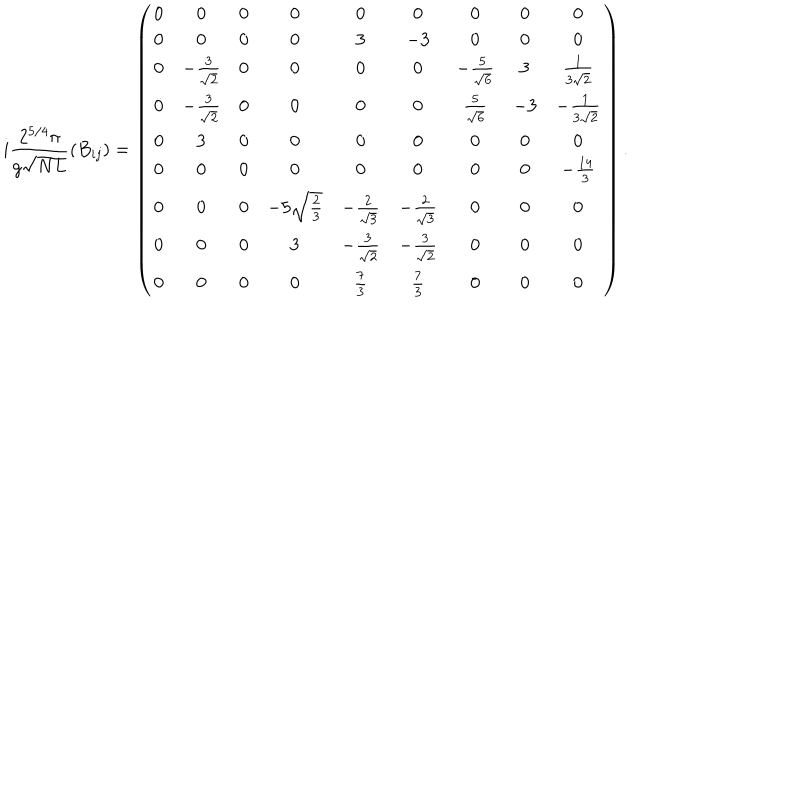
LaTeX: i \frac { 2 ^ { 5 / 4 } \pi } { g \sqrt { N L } } \left( B _ { i j } \right) = \left( \begin{array} { c c c c c c c c c } { { 0 } } & { { 0 } } & { { 0 } } & { { 0 } } & { { 0 } } & { { 0 } } & { { 0 } } & { { 0 } } & { { 0 } } \\ { { 0 } } & { { 0 } } & { { 0 } } & { { 0 } } & { { 3 } } & { { - 3 } } & { { 0 } } & { { 0 } } & { { 0 } } \\ { { 0 } } & { { - { \frac { 3 } { \sqrt { 2 } } } } } & { { 0 } } & { { 0 } } & { { 0 } } & { { 0 } } & { { - { \frac { 5 } { \sqrt { 6 } } } } } & { { 3 } } & { { { \frac { 1 } { 3 \sqrt { 2 } } } } } \\ { { 0 } } & { { - { \frac { 3 } { \sqrt { 2 } } } } } & { { 0 } } & { { 0 } } & { { 0 } } & { { 0 } } & { { { \frac { 5 } { \sqrt { 6 } } } } } & { { - 3 } } & { { - { \frac { 1 } { 3 \sqrt { 2 } } } } } \\ { { 0 } } & { { 3 } } & { { 0 } } & { { 0 } } & { { 0 } } & { { 0 } } & { { 0 } } & { { 0 } } & { { 0 } } \\ { { 0 } } & { { 0 } } & { { 0 } } & { { 0 } } & { { 0 } } & { { 0 } } & { { 0 } } & { { 0 } } & { { - { \frac { 1 4 } { 3 } } } } \\ { { 0 } } & { { 0 } } & { { 0 } } & { { - 5 \sqrt { \frac { 2 } { 3 } } } } & { { - { \frac { 2 } { \sqrt { 3 } } } } } & { { - { \frac { 2 } { \sqrt { 3 } } } } } & { { 0 } } & { { 0 } } & { { 0 } } \\ { { 0 } } & { { 0 } } & { { 0 } } & { { 3 } } & { { - { \frac { 3 } { \sqrt { 2 } } } } } & { { - { \frac { 3 } { \sqrt { 2 } } } } } & { { 0 } } & { { 0 } } & { { 0 } } \\ { { 0 } } & { { 0 } } & { { 0 } } & { { 0 } } & { { { \frac { 7 } { 3 } } } } & { { { \frac { 7 } { 3 } } } } & { { 0 } } & { { 0 } } & { { 0 } } \\ \end{array} \right) .